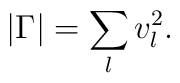
|\Gamma| = \sum_l v_l^2.